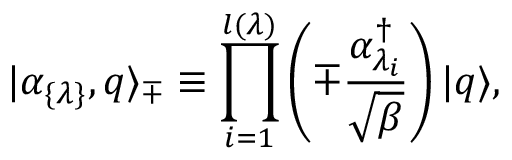
| \alpha _ { \{ \lambda \} } , q \rangle _ { \mp } \equiv \prod _ { i = 1 } ^ { l ( \lambda ) } \left( \mp { \frac { \alpha _ { \lambda _ { i } } ^ { \dagger } } { \sqrt { \beta } } } \right) | q \rangle ,